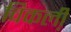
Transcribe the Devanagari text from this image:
विकली़